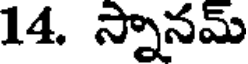
14. స్నానమ్